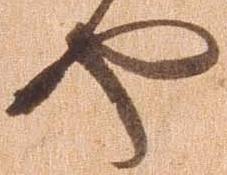
や